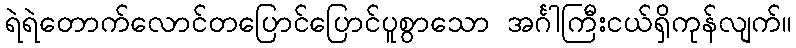
ရဲရဲတောက်လောင်တပြောင်ပြောင်ပူစွာသော အင်္ဂါကြီးငယ်ရှိကုန်လျက်။